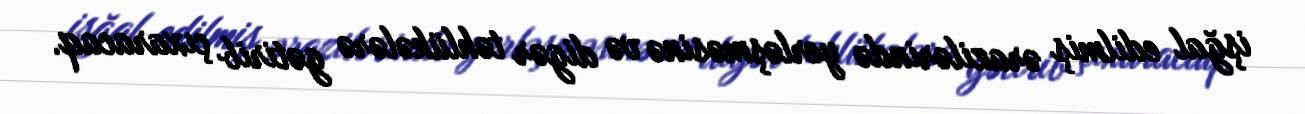
işğal edilmiş ərazilərində yerləşməsinə və digər təhlükələrə gətirib çıxaracaq.